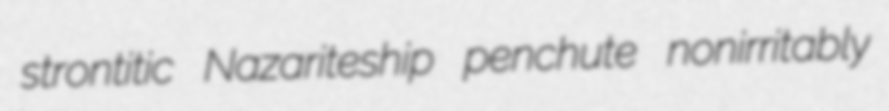
strontitic Nazariteship penchute nonirritably